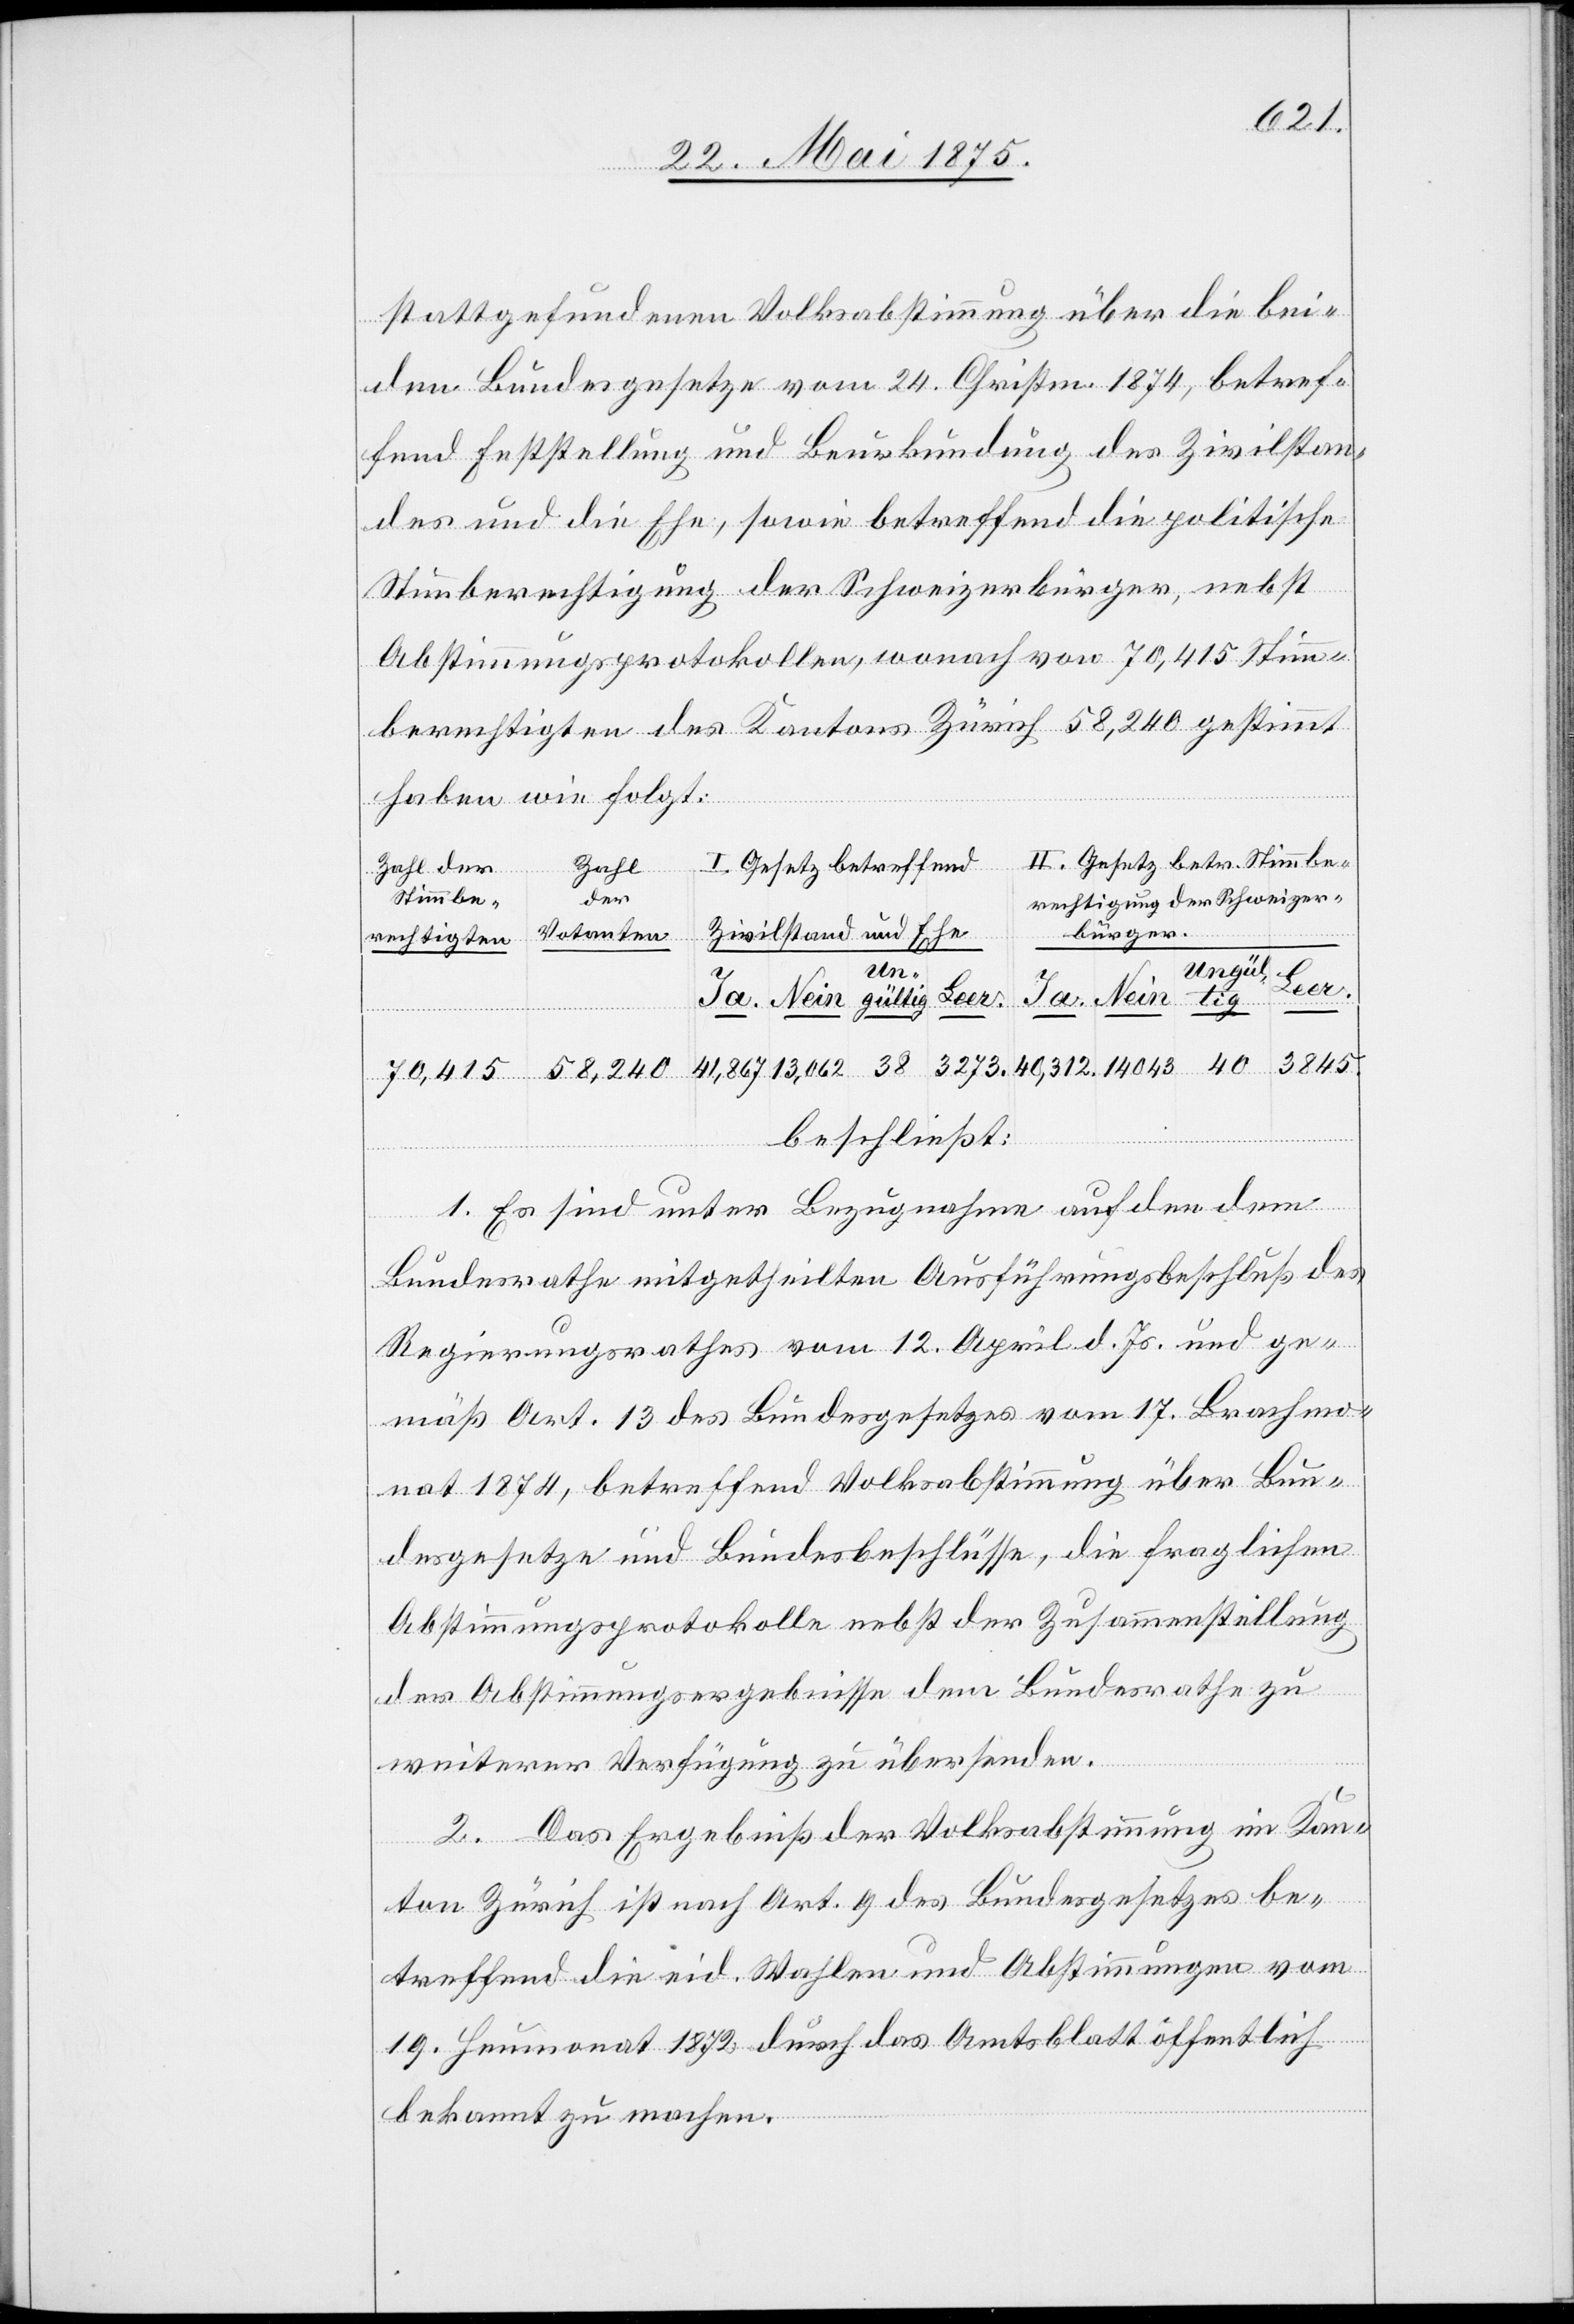
stattgefundenen Volksabstimmung über die bei¬
den Bundesgesetze vom 24. Christm. 1874, betref¬
fend Feststellung und Beurkundung des Zivilstan¬
des und die Ehe, sowie der betreffend die politische
Stimmberechtigung der Schweizerbürger, nebst
Abstimmungsprotokollen, wonach von 70,415 Stimm¬
berechtigten des Kantons Zürich 58,240 gestimmt
haben wie folgt:
II. Gesetz betr. Stimmbe¬
I. Gesetz betreffend
Zahl der
Stimm-be¬
rechtigung der Schweizer¬
und Ehe
bürger
Zivilstand
Votanten
rechtigten
40
Leer
Ja.
Un¬
gültig
Nein.
3845.
3273
70,415
beschließt:
1. Es sind unter Bezugnahme auf den dem
Bundesrathe mitgetheilten Ausführungsbeschluß des
Regierungsrathes vom 12. April d. Js. und ge¬
mäß Art. 13 des Bundesgesetzes vom 17. Brachmo¬
nat 1874, betreffend Volksabstimmung über Bun¬
desgesetze und Bundesbeschlüsse, die fraglichen
Abstimmungsprotokolle nebst der Zusammenstellung
der Abstimmungsergebnisse dem Bundesrathe zu
weiterer Verfügung zu übersenden.
2. Das Ergebniß der Volksabstimmung im Kan¬
ton Zürich ist nach Art. 9 des Bundesgesetzes be¬
treffen die eid. Wahlen und Abstimmungen vom
19. Heumonat 1872 durch das Amtsblatt öffentlich
bekannt zu machen.